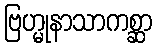
ဗြဟ္မုနာသာကစ္ဆာ